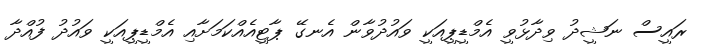
ރައީސް ނަޝީދު ވިދާޅުވީ އެމްޑީޕީއަކީ ވައުދުވާން އެނގޭ ޕާޓީއެއްކަމަށާއި އެމްޑީޕީއަކީ ވައުދު ފުއްދާ